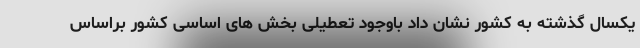
یکسال گذشته به کشور نشان داد باوجود تعطیلی بخش های اساسی کشور براساس